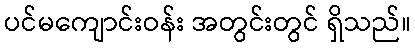
ပင်မကျောင်းဝန်း အတွင်းတွင် ရှိသည်။